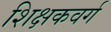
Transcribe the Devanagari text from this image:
शिक्षकवर्ग